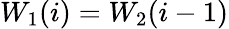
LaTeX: W_{1}(i)=W_{2}(i-1)